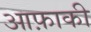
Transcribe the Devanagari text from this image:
आफ़ाकी